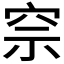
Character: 𥥓